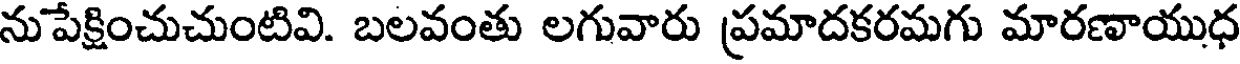
నుపేక్షించుచుంటివి. బలవంతు లగువారు ప్రమాదకరమగు మారణాయుధ